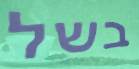
בשל